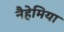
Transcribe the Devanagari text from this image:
नैहेमिया